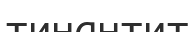
тинантит